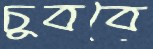
চুববে